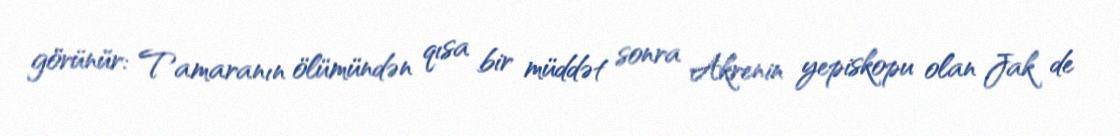
görünür: Tamaranın ölümündən qısa bir müddət sonra Akrenin yepiskopu olan Jak de